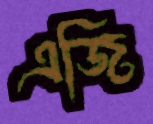
এজি